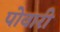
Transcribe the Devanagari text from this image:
पोवारी